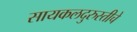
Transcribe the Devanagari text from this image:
सायकलदुरुस्तीचे